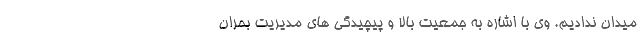
میدان ندادیم. وی با اشاره به جمعیت بالا و پیچیدگی های مدیریت بحران